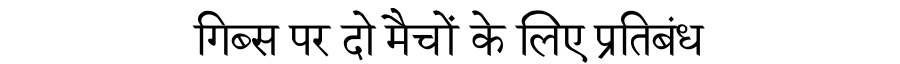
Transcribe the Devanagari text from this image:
गिब्स पर दो मैचों के लिए प्रतिबंध